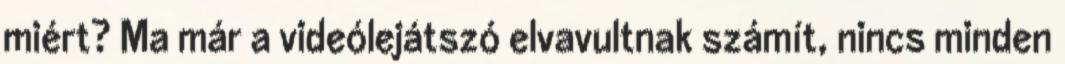
miért? Ma már a videólejátszó elvavultnak számít, nincs minden